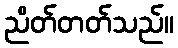
ညိတ်တတ်သည်။